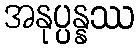
အနုပ္ပန္နဿ